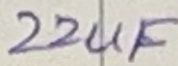
Text: 22uF